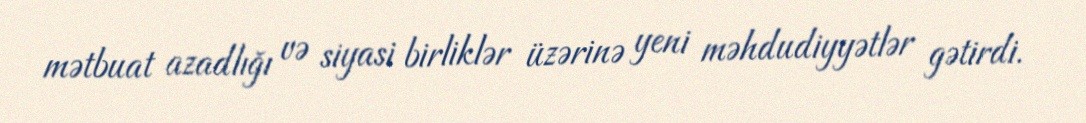
mətbuat azadlığı və siyasi birliklər üzərinə yeni məhdudiyyətlər gətirdi.